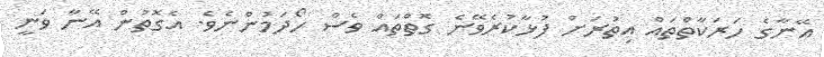
އޭނާގެ ހަރަކާތްތައް އިތުރަށް ފުޅާކުރެވޭނެ ގޮތްތައް ވެސް ހޯދަމުންނެވެ. އެގޮތުން އޭނާ ވަނީ